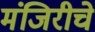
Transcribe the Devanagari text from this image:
मंजिरीचे